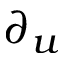
\partial _ { u }